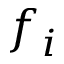
f _ { i }